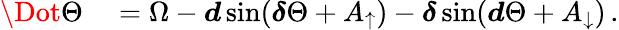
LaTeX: \begin{array}{rl}{\Dot{\Theta}}&{{}=\Omega-\boldsymbol{d}\sin(\boldsymbol{\delta}\Theta+A_{\uparrow})-\boldsymbol{\delta}\sin(\boldsymbol{d}\Theta+A_{\downarrow})\, .}\end{array}